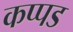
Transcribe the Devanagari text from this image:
कप्पड